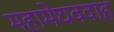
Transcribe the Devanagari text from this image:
महामेघववाह